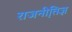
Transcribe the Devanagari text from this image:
राजनीति़ज्ञ